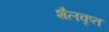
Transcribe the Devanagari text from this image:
शैलकृत